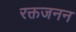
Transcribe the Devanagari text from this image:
रक्तजनन